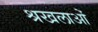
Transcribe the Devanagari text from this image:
श्रखलाओं